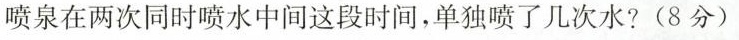
喷泉在两次同时喷水中间这段时间，单独喷了几次水?(8分)